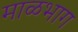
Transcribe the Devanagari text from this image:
माळभाग